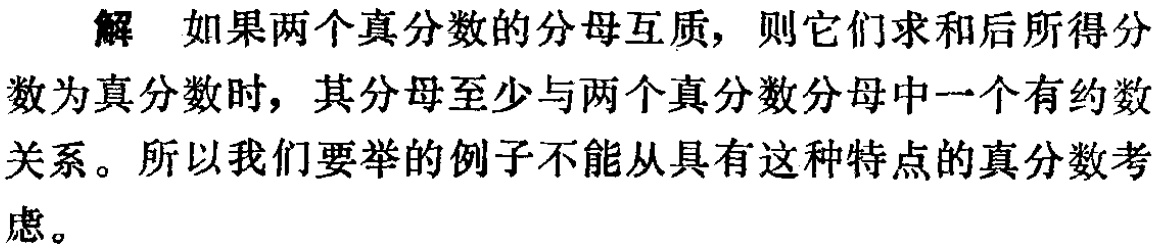
解 如果两个真分数的分母互质，则它们求和后所得分
数为真分数时，其分母至少与两个真分数分母中一个有约数
关系。所以我们要举的例子不能从具有这种特点的真分数考
虑。